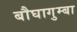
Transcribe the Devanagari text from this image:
बौघागुम्बा